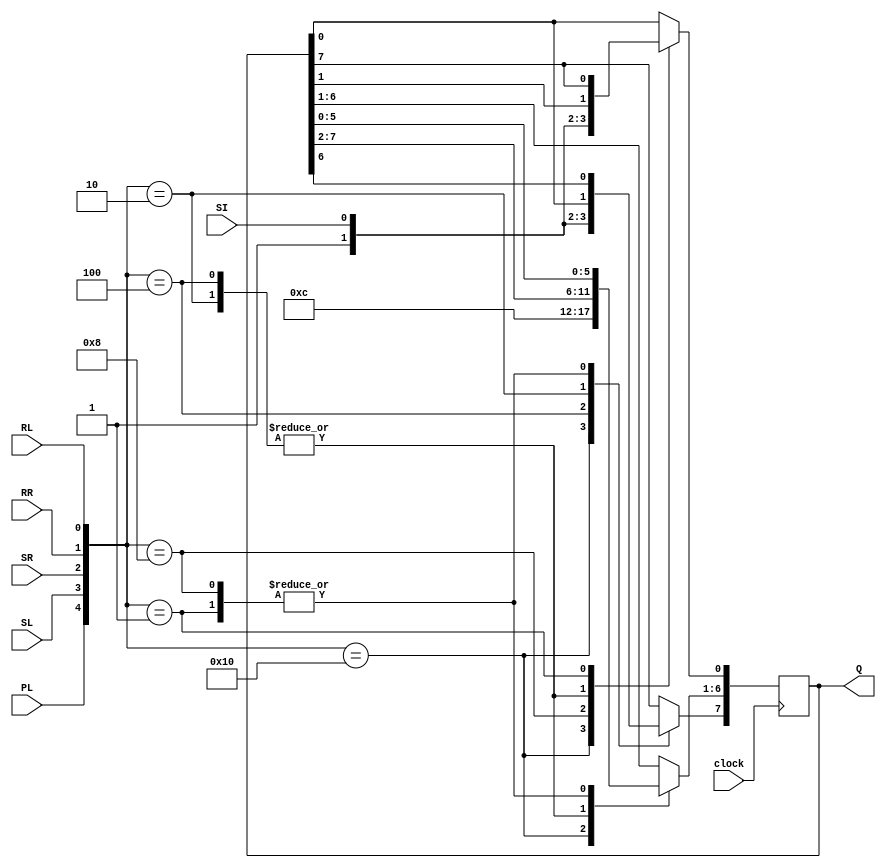
module lab4part7 (clock, SI, PL, SL, SR, RR,RL,Q);
	input clock, SI, PL, SL, SR, RR, RL;
	output reg [7:0]Q = 8'b10101010;
	wire [7:0]PER;
	
	assign PER = 8'b10011001;
	
	always @(posedge clock)
	case ({PL, SL, SR,RR,RL})
	5'b10000: begin Q <= PER; end
	5'b01000: begin Q <= Q<<1; Q[0] <= SI; end
	5'b00100: begin Q <= Q>>1; Q[7] <= SI; end 
	5'b00010: begin Q <= Q>>1; Q[7] <= Q[0];end 
	5'b00001: begin Q <= Q<<1; Q[0] <= Q[7];end 
	endcase 
endmodule